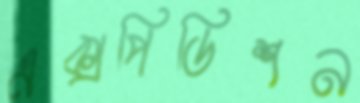
এক্সপিডিশন